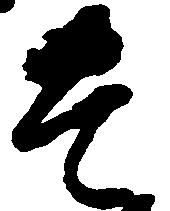
豊